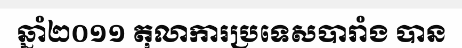
ឆ្នាំ២០១១ តុលាការប្រទេសបារាំង បាន